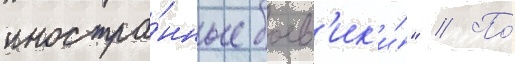
иностра́нные боев'ик'и́" // По́